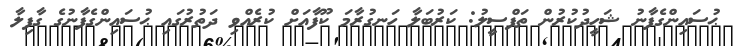
ޙުސައިންގެފާނު ޝަހީދުކުރުން ތަފްސީލު: ކަރުބަލާ ހަނގުރާމަ ކޫފާއަށް ކުރެއްވި ދަތުރުގައި ޙުސައިންގެފާނުގެ ގާފިލާ